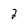
Character: 2